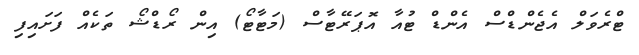
ޓްރެވަލް އެޖެންޑްސް އެންޑް ޓުއާ އޮޕަރޭޓާސް (މަޓާޓޯ) އިން ރޯޑްޝޯ ތަކެއް ފަށައިފި